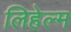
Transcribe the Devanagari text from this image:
लिहेल्म